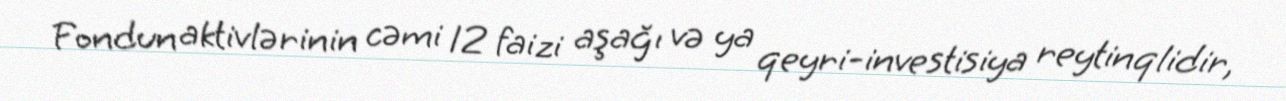
Fondun aktivlərinin cəmi 12 faizi aşağı və ya qeyri-investisiya reytinqlidir,